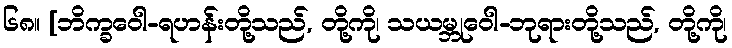
၆၈။ [ဘိက္ခဝေါ-ရဟန်းတို့သည်, တို့ကို၊ သယမ္ဘုဝေါ-ဘုရားတို့သည်, တို့ကို၊